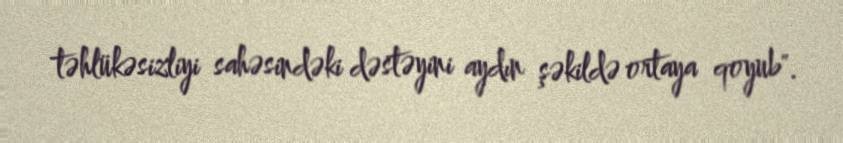
təhlükəsizliyi sahəsindəki dəstəyini aydın şəkildə ortaya qoyub".